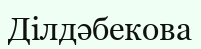
Ділдәбекова